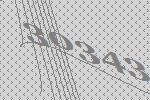
30343